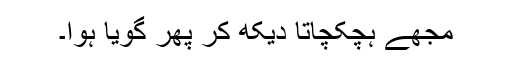
مجھے ہچکچاتا دیکھ کر پھر گویا ہوا۔